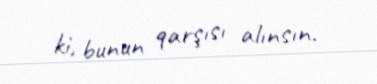
ki, bunun qarşısı alınsın.